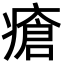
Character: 瘡